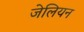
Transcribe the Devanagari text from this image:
जेलियन